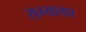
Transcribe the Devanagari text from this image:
सभ्याचार